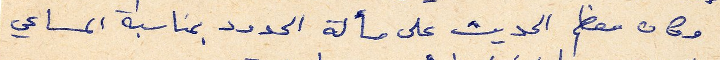
وكان معظم الحديث على مسألة الحدود بمناسبة المساعي